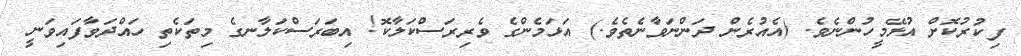
ފިކުރުކޮށް އުޅޭމީހުންނެވެ. (އެއުރެން ދަންނަވާނެތެވެ.) އަޅަމެންގެ ވެރިރަސްކަލާކޮ! އިބަރަސްކަލާނގެ މިތަކެތި ހައްދަވާފައިވަނީ